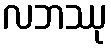
လဘဿု